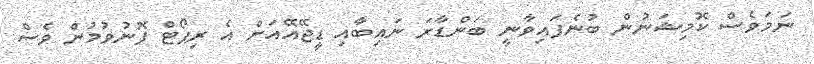
ނަމަވެސް ކޮމިޝަނުން ބުނެފައިވާނީ ބަންޑާރަ ނައިބާއި ޑީޖޭއޭއަށް އެ ރިޕޯޓް ފޮނުވުމުން ވެސް